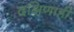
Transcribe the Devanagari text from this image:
दक्षिणाही